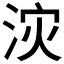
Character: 𮳇